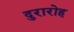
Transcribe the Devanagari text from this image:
दुरारोह